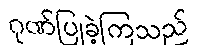
ဂုဏ်ပြုခဲ့ကြသည်